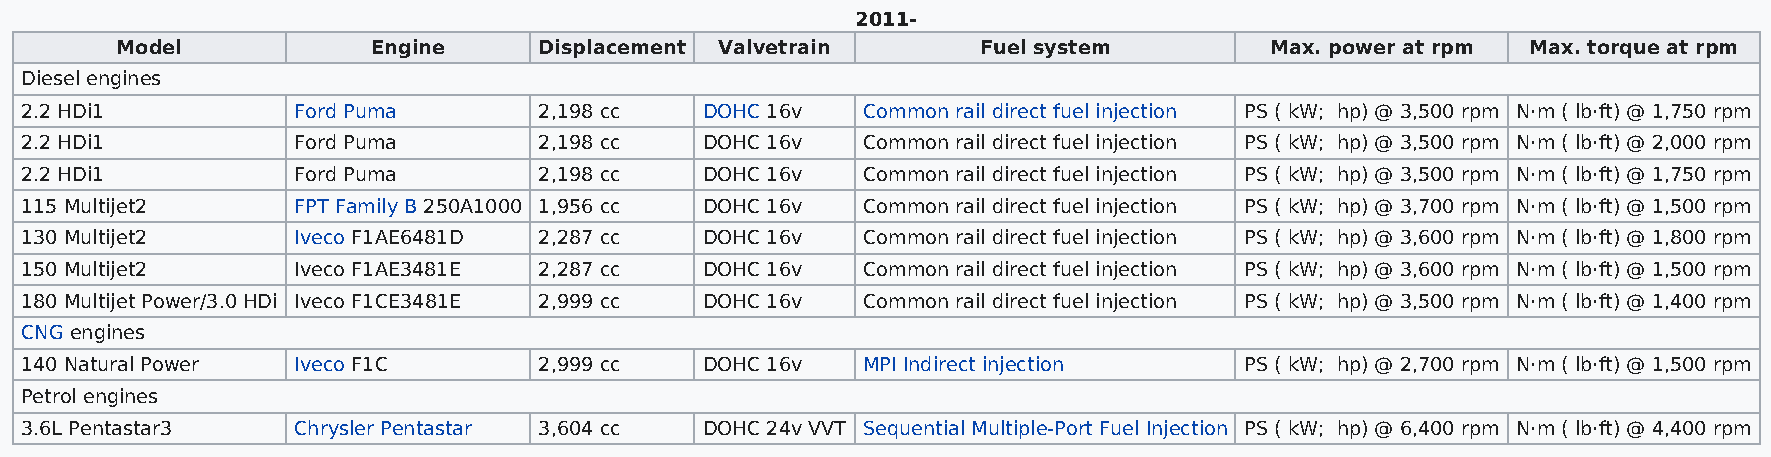
2011-
 Model            Engine     Displacement Valvetrain      Fuel system        Max. power at rpm Max. torque at rpm
 Diesel engines
 2.2 HDi1          Ford Puma        2,198 cc   DOHC 16v  Common rail direct fuel injection PS ( kW; hp) @ 3,500 rpm N·m ( lb·ft) @ 1,750 rpm
 2.2 HDi1          Ford Puma        2,198 cc   DOHC 16v  Common rail direct fuel injection PS ( kW; hp) @ 3,500 rpm N·m ( lb·ft) @ 2,000 rpm
 2.2 HDi1          Ford Puma        2,198 cc   DOHC 16v  Common rail direct fuel injection PS ( kW; hp) @ 3,500 rpm N·m ( lb·ft) @ 1,750 rpm
 115 Multijet2     FPT Family B 250A1000 1,956 cc DOHC 16v Common rail direct fuel injection PS ( kW; hp) @ 3,700 rpm N·m ( lb·ft) @ 1,500 rpm
 130 Multijet2     Iveco F1AE6481D  2,287 cc   DOHC 16v  Common rail direct fuel injection PS ( kW; hp) @ 3,600 rpm N·m ( lb·ft) @ 1,800 rpm
 150 Multijet2     Iveco F1AE3481E  2,287 cc   DOHC 16v  Common rail direct fuel injection PS ( kW; hp) @ 3,600 rpm N·m ( lb·ft) @ 1,500 rpm
 180 Multijet Power/3.0 HDi Iveco F1CE3481E 2,999 cc DOHC 16v Common rail direct fuel injection PS ( kW; hp) @ 3,500 rpm N·m ( lb·ft) @ 1,400 rpm
 CNG engines
 140 Natural Power Iveco F1C        2,999 cc   DOHC 16v  MPI Indirect injection   PS ( kW; hp) @ 2,700 rpm N·m ( lb·ft) @ 1,500 rpm
 Petrol engines
 3.6L Pentastar3   Chrysler Pentastar 3,604 cc DOHC 24v VVT Sequential Multiple-Port Fuel Injection PS ( kW; hp) @ 6,400 rpm N·m ( lb·ft) @ 4,400 rpm